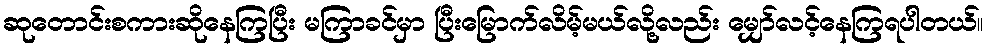
ဆုတောင်းစကားဆိုနေကြပြီး မကြာခင်မှာ ပြီးမြောက်လိမ့်မယ်လို့လည်း မျှော်လင့်နေကြရပါတယ်။